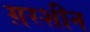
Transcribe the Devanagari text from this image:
ग़रशीन